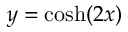
y = \cosh ( 2 x )